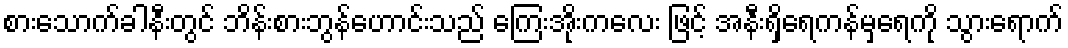
စားသောက်ခါနီးတွင် ဘိန်းစားဘွန်ဟောင်းသည် ကြေးအိုးကလေး ဖြင့် အနီးရှိရေကန်မှရေကို သွားရောက်